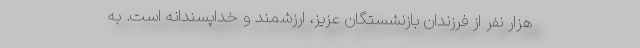
هزار نفر از فرزندان بازنشستگان عزیز، ارزشمند و خداپسندانه است. به